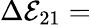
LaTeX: \Delta\mathcal{E}_{21}=